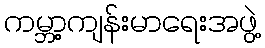
ကမ္ဘာ့ကျန်းမာရေးအဖွဲ့